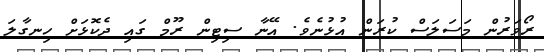
ރޯވަރުން މަސަލަސް ކުރަން އުޅުނެވެ. އޭނާ ސިޓިން ރޫމް ގައި ދެކޮޅަށް ހިނގާލަ